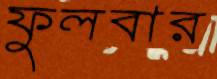
ফুলবার